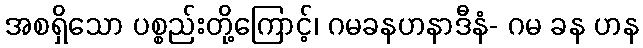
အစရှိသော ပစ္စည်းတို့ကြောင့်၊ ဂမခနဟနာဒီနံ- ဂမ ခန ဟန